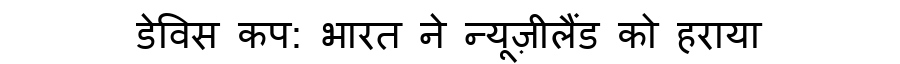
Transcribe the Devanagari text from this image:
डेविस कप: भारत ने न्यूज़ीलैंड को हराया